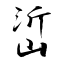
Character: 峾